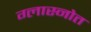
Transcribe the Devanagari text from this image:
ग्लास्नोत